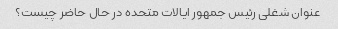
عنوان شغلی رئیس جمهور ایالات متحده در حال حاضر چیست؟